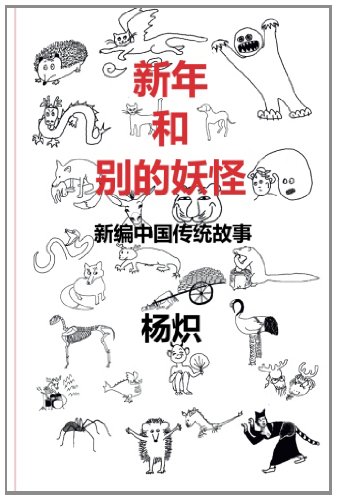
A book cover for The Chinese New Year and Other Fantastic Creatures - in Chinese (Chinese Edition); Zhi Yang; Children's Books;